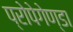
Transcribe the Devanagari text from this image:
प्रोपेगेण्डा